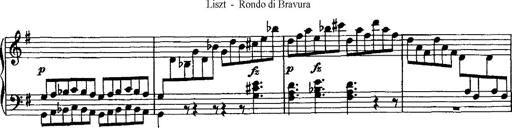
Title: Rondo di bravura
Composer: Franz Liszt